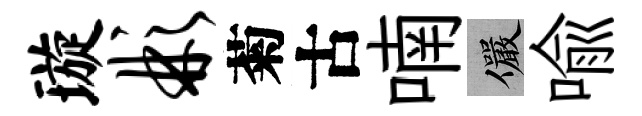
璇彬菊古喃儼喩